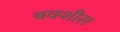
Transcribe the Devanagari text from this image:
बक्शीस